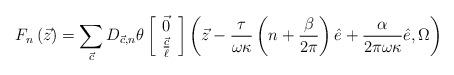
LaTeX: \begin{align*}F_{n}\left({\vec z}\right) = \sum_{{\vec c}}D_{{\vec c},n}\theta\left[\begin{array}{c}{\vec 0} \\\frac{{\vec c}}{\ell} \end{array}\right]\left({\vec z}-\frac{\tau}{\omega\kappa}\left(n+\frac{\beta}{2\pi}\right){\hat e}+\frac{\alpha}{2\pi\omega\kappa}{\hat e},\Omega\right)\end{align*}